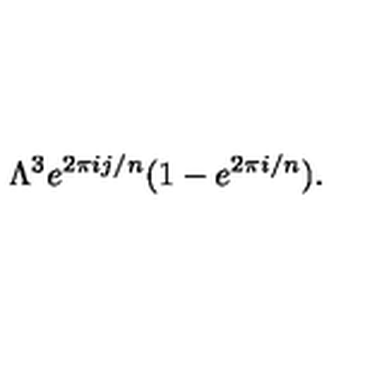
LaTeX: \Lambda ^ { 3 } e ^ { 2 \pi i j / n } ( 1 - e ^ { 2 \pi i / n } ) .